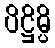
ပိဋ္ဌိမ္ပိ